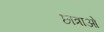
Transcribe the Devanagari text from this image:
छात्राओ